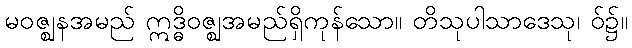
မဝဇ္ဈနအမည် ဣဒ္ဓိဝဇ္ဈအမည်ရှိကုန်သော။ တိသုပါသာဒေသု၊ ဝ်၌။